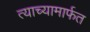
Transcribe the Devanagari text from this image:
त्याच्यामार्फत